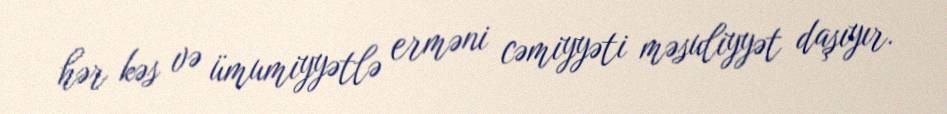
hər kəs və ümumiyyətlə erməni cəmiyyəti məsuliyyət daşıyır.